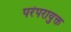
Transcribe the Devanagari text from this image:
परंपरायुक्त